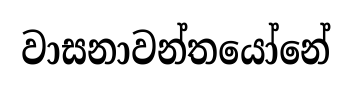
වාසනාවන්තයෝනේ